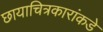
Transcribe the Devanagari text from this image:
छायाचित्रकारांकडे